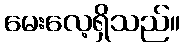
မေးလေ့ရှိသည်။